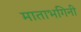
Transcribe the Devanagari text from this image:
माताभगिनी